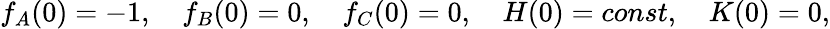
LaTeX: f_{A}(0)=-1,\quad f_{B}(0)=0,\quad f_{C}(0)=0,\quad H(0)=const,\quad K(0)=0,